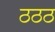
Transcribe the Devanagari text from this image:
ठठठ